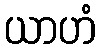
ယာဟံ